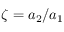
\zeta = a _ { 2 } / a _ { 1 }